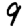
Digit: 9